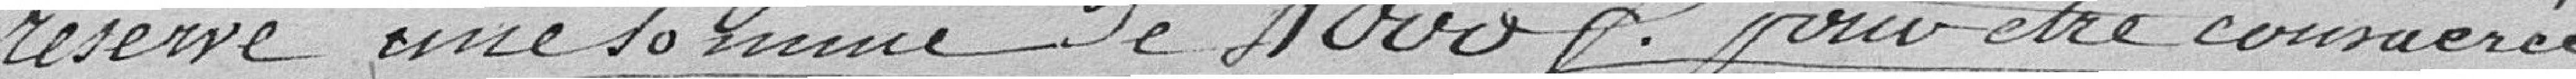
réserve une somme de 4000f. pour etre consacrée